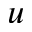
\boldsymbol { u }